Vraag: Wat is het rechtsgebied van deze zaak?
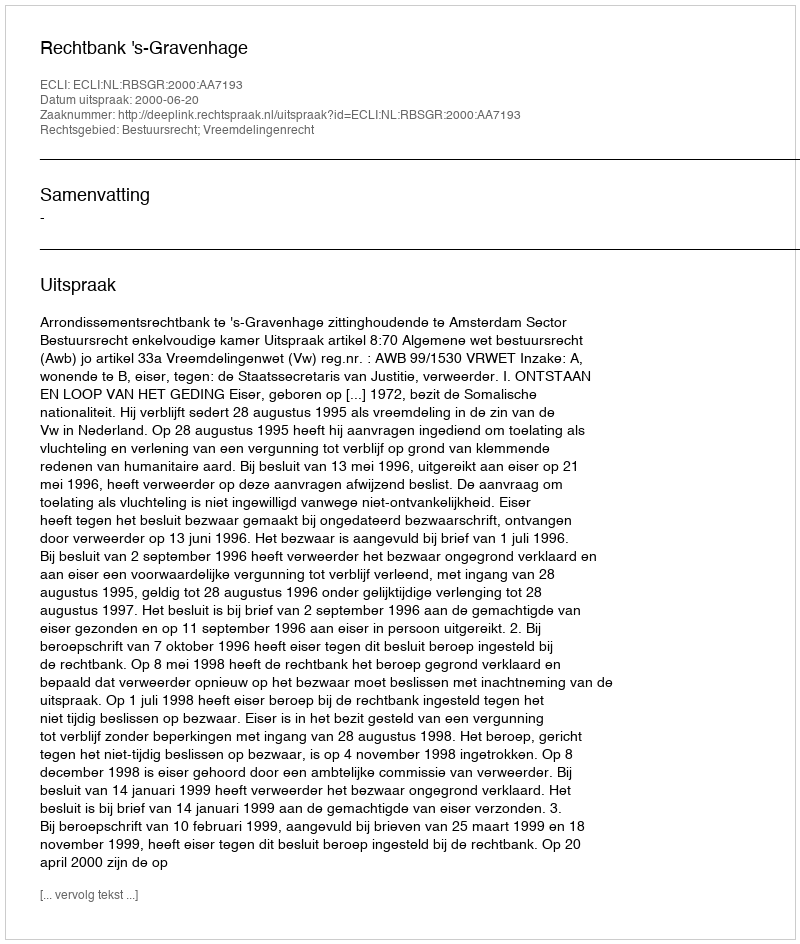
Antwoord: Bestuursrecht; Vreemdelingenrecht